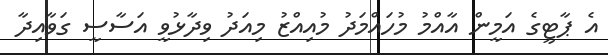
އެ ޕާޓީގެ އަމީން އާއްމު މުހައްމަދު މުއިއްޒު މިއަދު ވިދާޅުވީ އަސާސީ ގަވާއިދާ